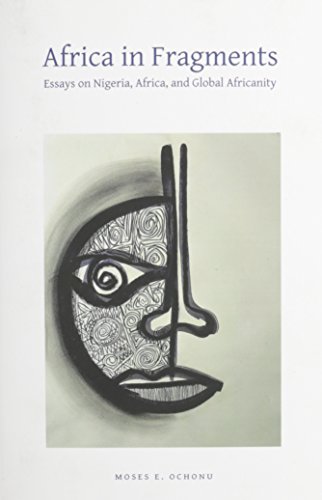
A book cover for Africa in Fragments: Essays on Nigeria, Africa, and Global Africanity; Moses E. Ochonu; History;